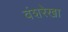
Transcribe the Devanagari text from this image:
वंशरेखा